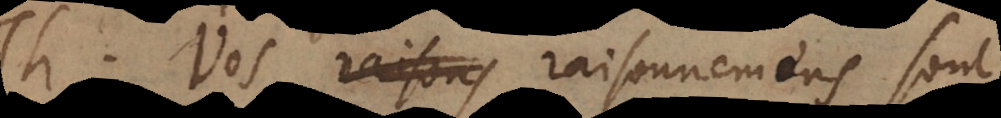
T. Vos raisons raisonnemens sont